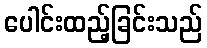
ပေါင်းထည့်ခြင်းသည်